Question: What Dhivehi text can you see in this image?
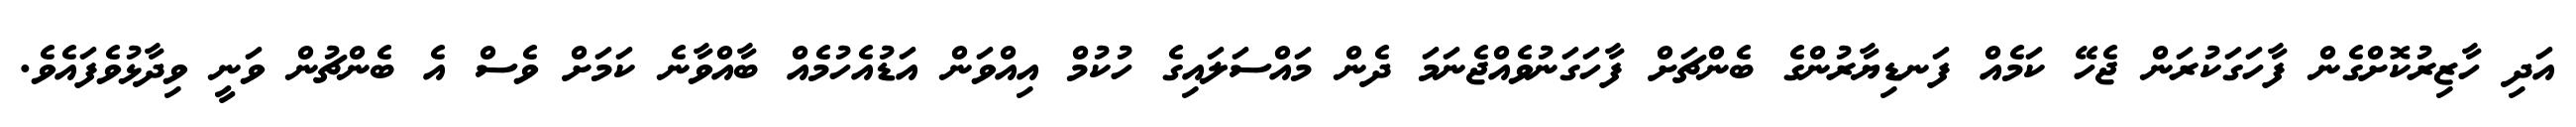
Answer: އަދި ހާޒިރުކޮށްގެން ފާހަގަކުރަން ޖެހޭ ކަމެއް ފަނޑިޔާރުންގެ ބެންޗަށް ފާހަގަނުވެއްޖެނަމަ ދެން މައްސަލައިގެ ހުކުމް އިއްވަން އަޑުއެހުމެއް ބާއްވާނެ ކަމަށް ވެސް އެ ބެންޗުން ވަނީ ވިދާޅުވެފައެވެ.